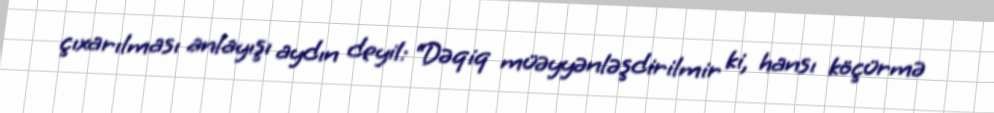
çıxarılması anlayışı aydın deyil: “Dəqiq müəyyənləşdirilmir ki, hansı köçürmə